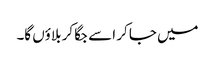
میں جا کر اسے جگا کر بلاؤں گا۔